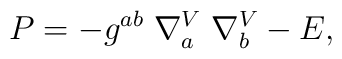
P=-g^{ab} \; \nabla_{a}^{V} \; \nabla_{b}^{V}-E,